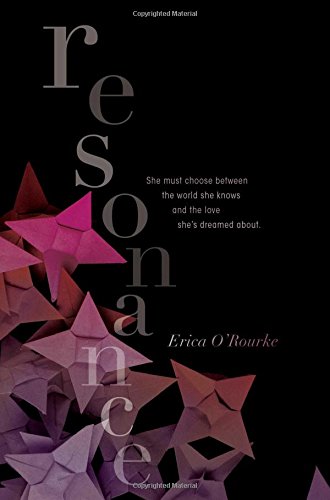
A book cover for Resonance (Dissonance); Erica O'Rourke; Teen & Young Adult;